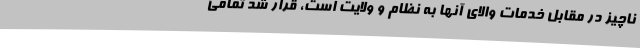
ناچیز در مقابل خدمات والای آنها به نظام و ولایت است، قرار شد تمامی